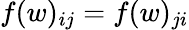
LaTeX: f(w)_{ij}=f(w)_{ji}